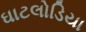
ઘાટલોડિયા